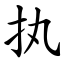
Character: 执